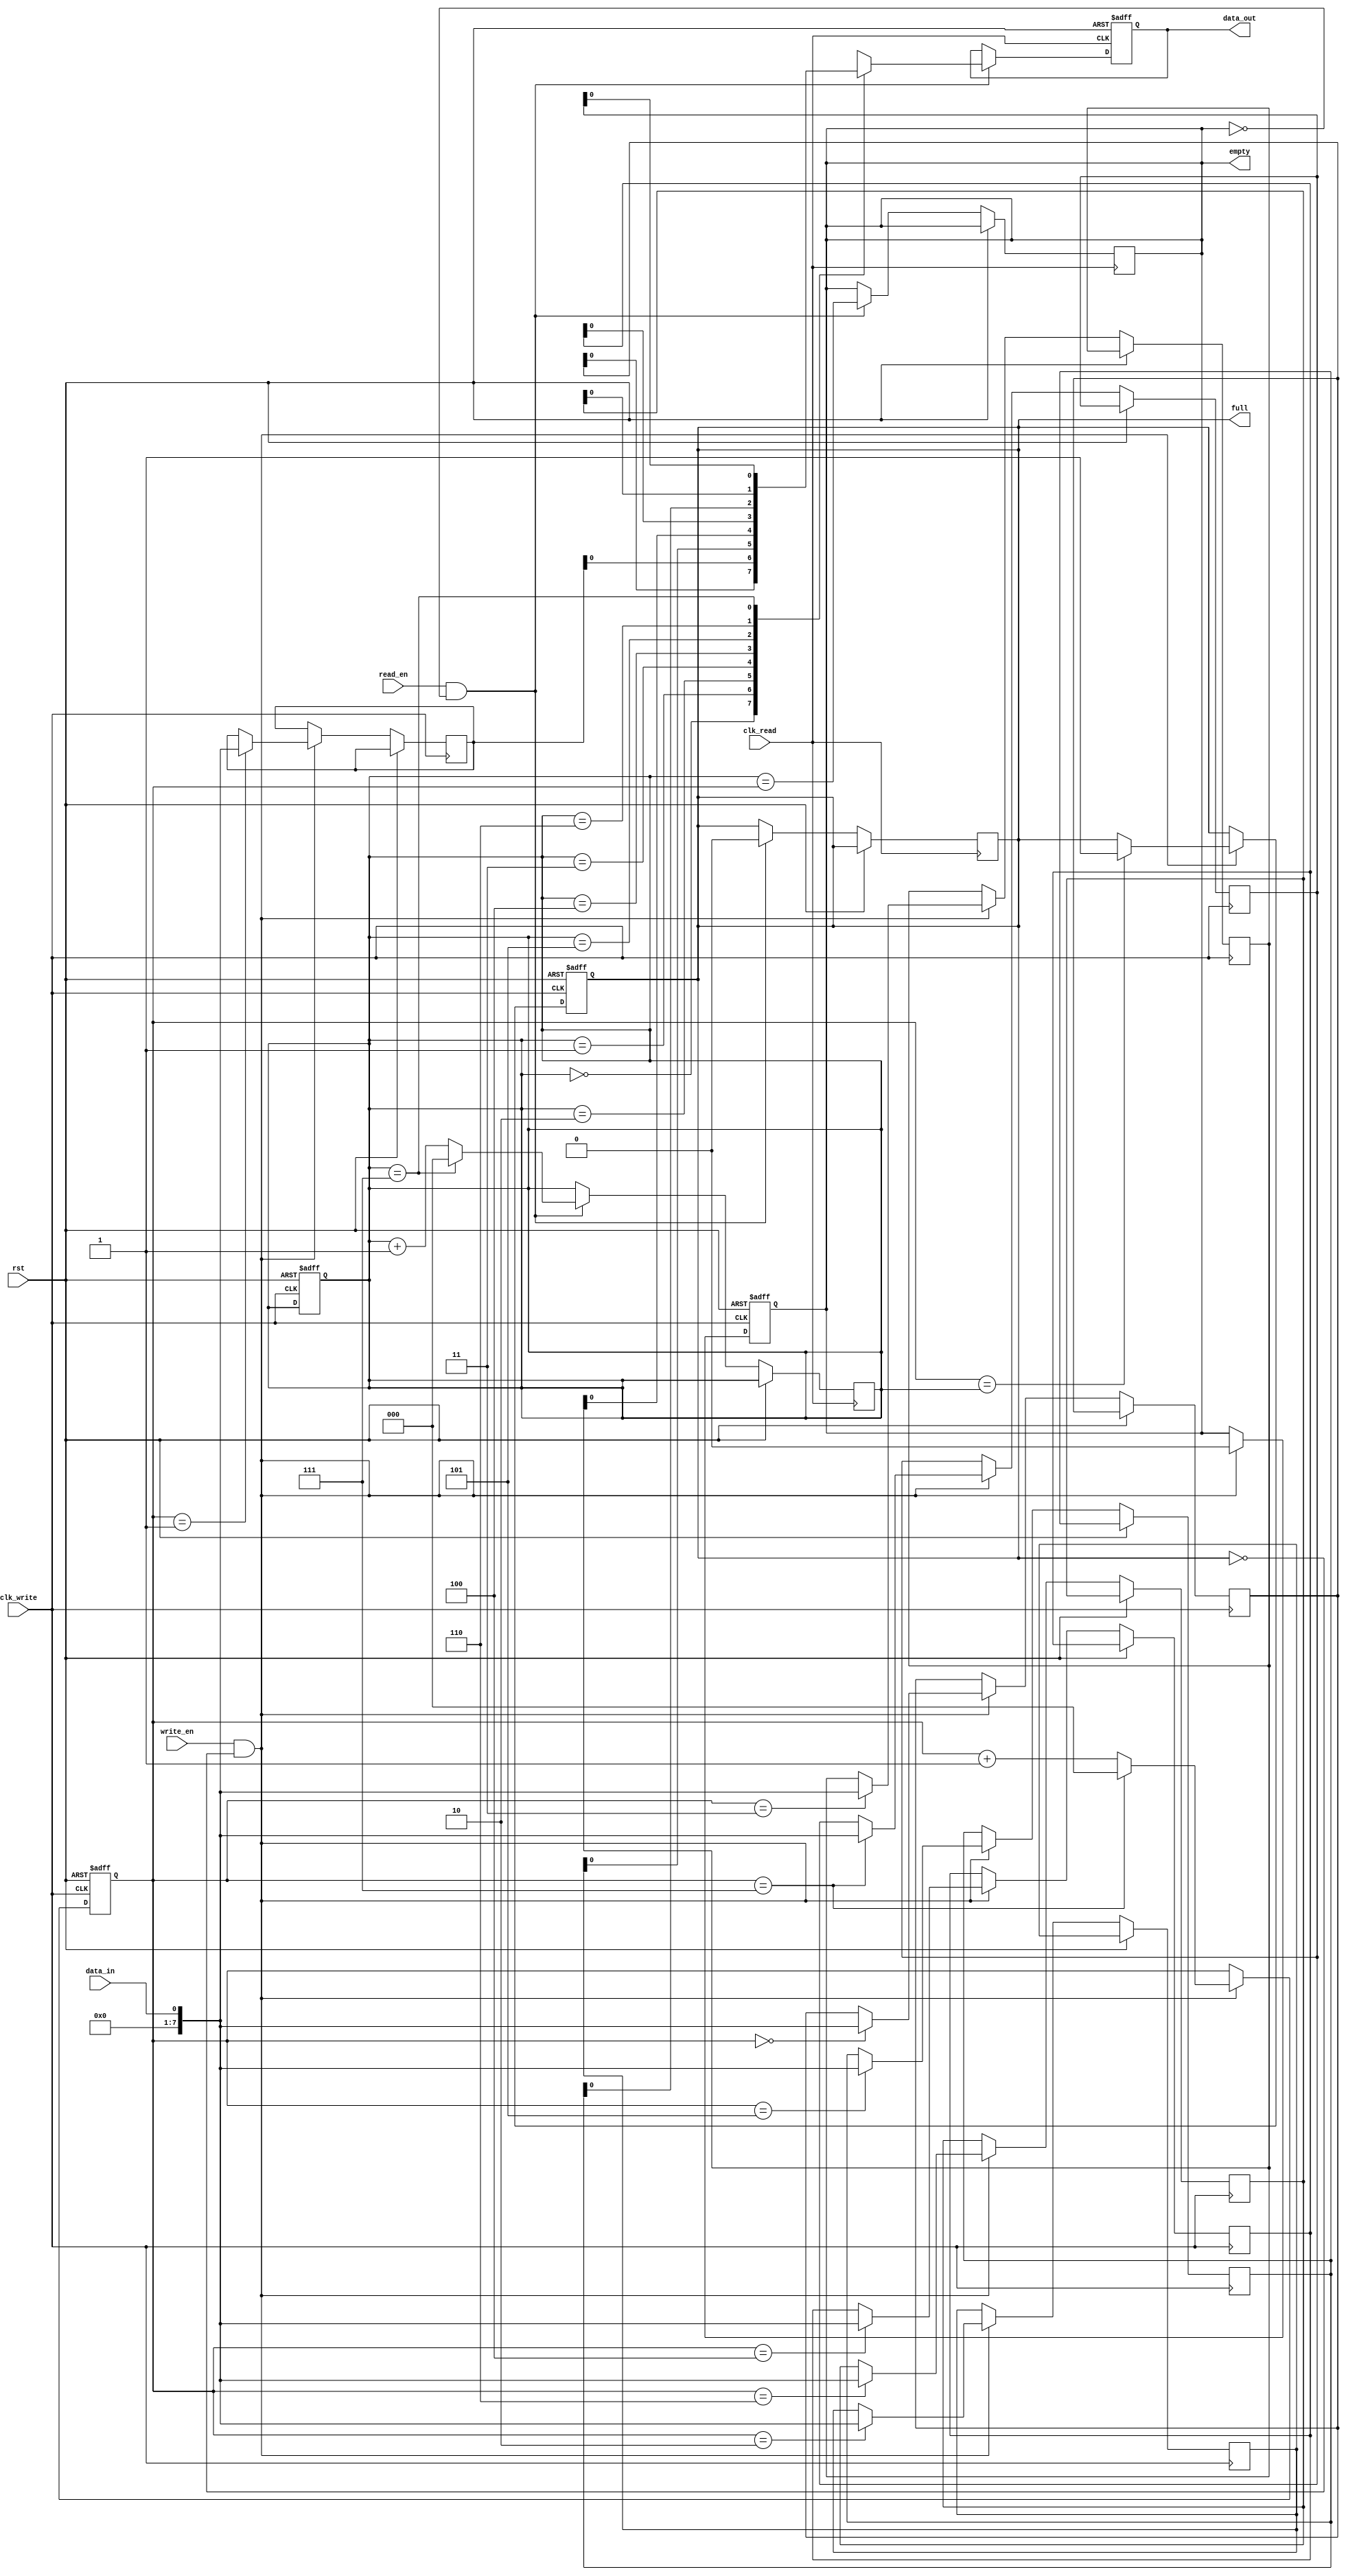
module synchronous_fifo (
    input wire clk_write,
    input wire clk_read,
    input wire rst,
    input wire write_en,
    input wire read_en,
    input wire data_in,
    output reg data_out,
    output reg empty,
    output reg full
);

parameter FIFO_DEPTH = 8;
reg [7:0] fifo [0:FIFO_DEPTH-1];
reg [2:0] write_ptr;
reg [2:0] read_ptr;

always @ (posedge clk_write or posedge rst) begin
    if (rst) begin
        write_ptr <= 0;
        read_ptr <= 0;
        empty <= 1;
        full <= 0;
    end else begin
        if (write_en && !full) begin
            fifo[write_ptr] <= data_in;
            write_ptr <= write_ptr + 1;
            if (write_ptr == FIFO_DEPTH-1) begin
                write_ptr <= 0;
            end
            if (write_ptr == read_ptr) begin
                full <= 1;
            end
            empty <= 0;
        end
    end
end

always @ (posedge clk_read or posedge rst) begin
    if (rst) begin
        data_out <= 8'b0;
    end else begin
        if (read_en && !empty) begin
            data_out <= fifo[read_ptr];
            read_ptr <= read_ptr + 1;
            if (read_ptr == FIFO_DEPTH-1) begin
                read_ptr <= 0;
            end
            empty <= (read_ptr == write_ptr);
            full <= 0;
        end
    end
end

endmodule